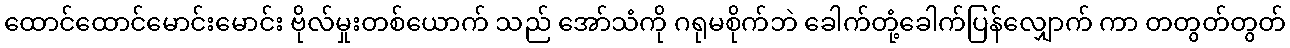
ထောင်ထောင်မောင်းမောင်း ဗိုလ်မှုးတစ်ယောက် သည် အော်သံကို ဂရုမစိုက်ဘဲ ခေါက်တုံ့ခေါက်ပြန်လျှောက် ကာ တတွတ်တွတ်